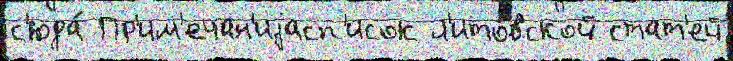
с'юда́ Пр'им'ечан'иjасп'исок л'ито́вской стат'ей